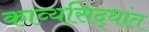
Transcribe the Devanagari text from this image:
काव्यसिद्धांत